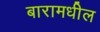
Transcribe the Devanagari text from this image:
बारामधील